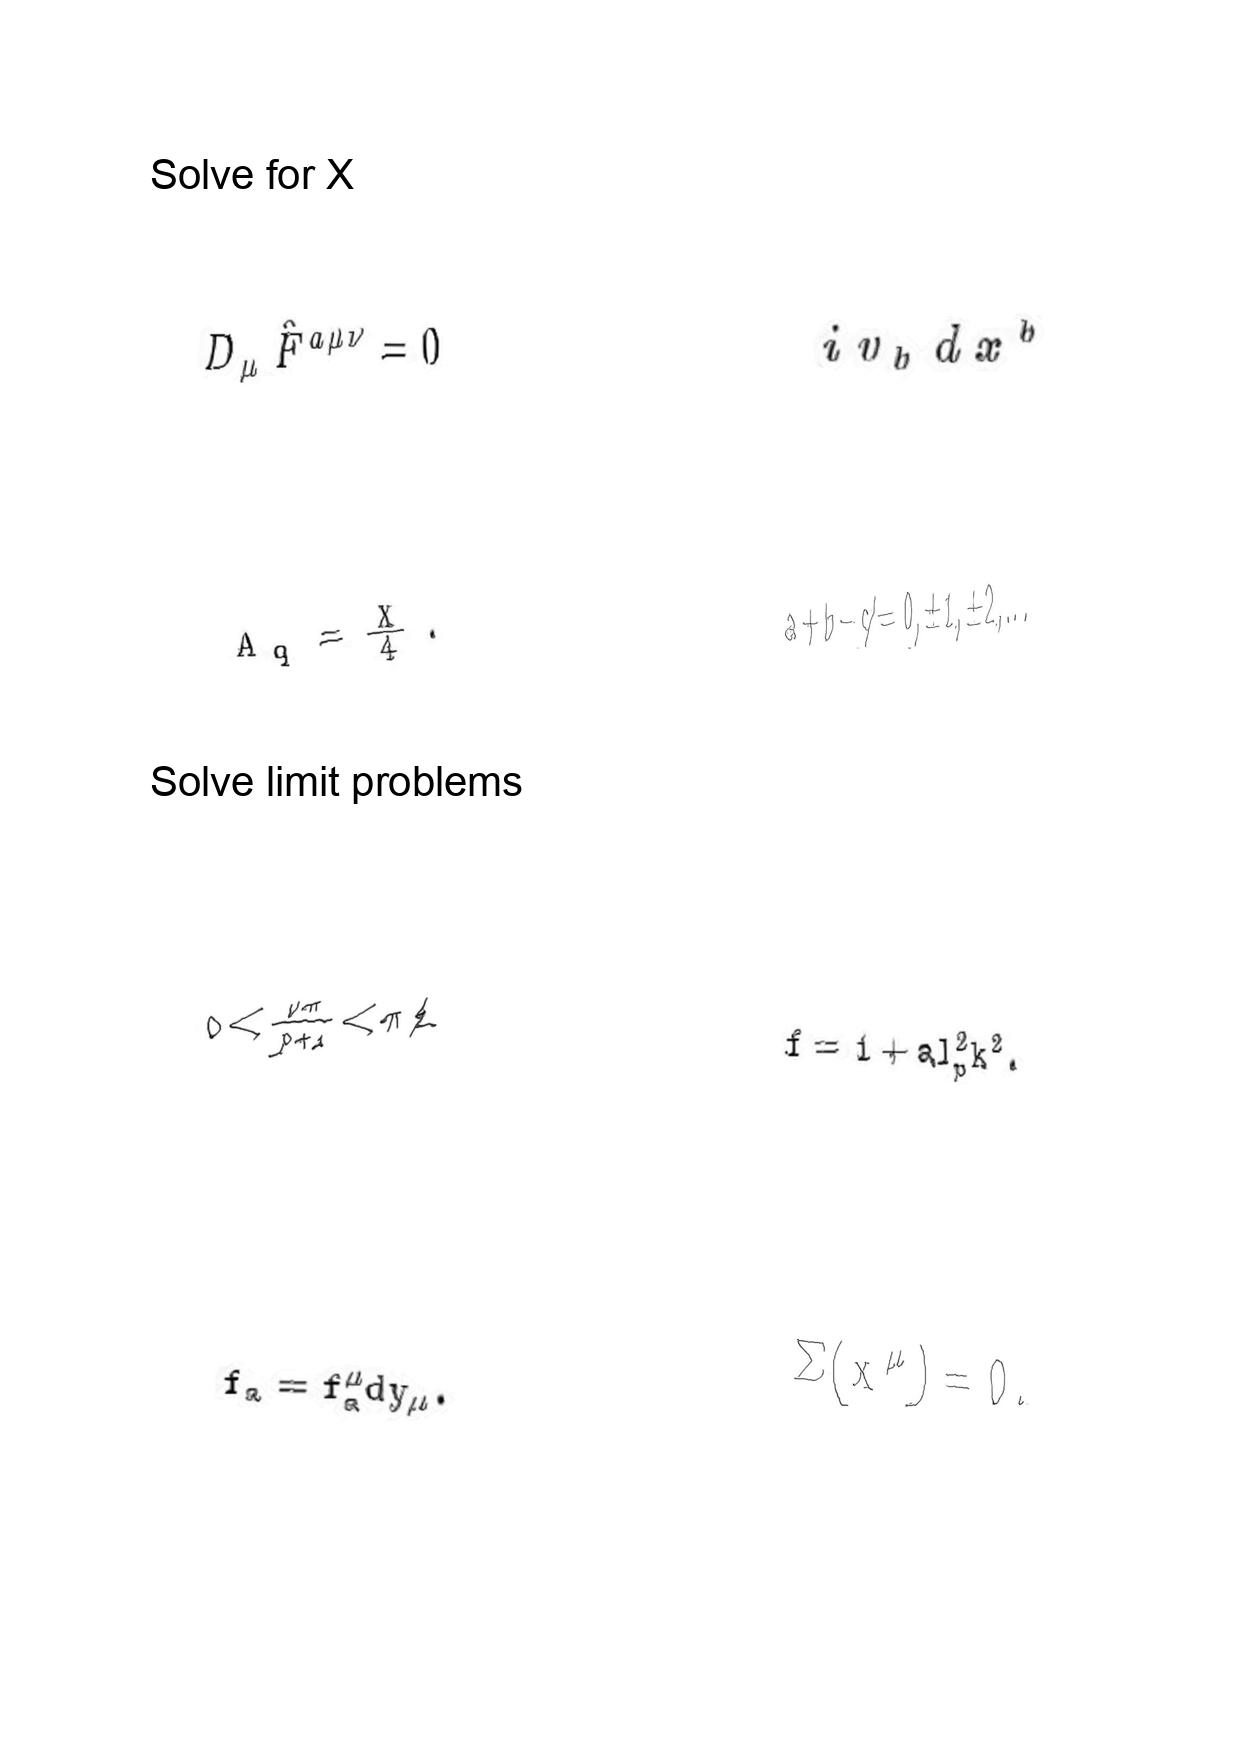
LaTeX transcription:
D _ { \mu } \hat { F } ^ { a \mu \nu } = 0
A _ { q } = \frac { X } { 4 } .
0 \lt \frac { \nu \pi } { p + 1 } \lt \pi / 2
f _ { a } = f _ { a } ^ { \mu } d y _ { \mu } .
i v _ { b } d x ^ { b }
a + b - c \neq 0 , \pm 1 , \pm 2 , \ldots
f = 1 + a l _ { p } ^ { 2 } k ^ { 2 } .
\Sigma \lparen x ^ { \mu } \rparen = 0 .